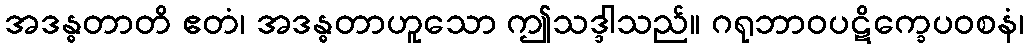
အဒန္ဓတာတိ ဧတံ၊ အဒန္ဓတာဟူသော ဤသဒ္ဒါသည်။ ဂရုဘာဝပဋိက္ခေပဝစနံ၊